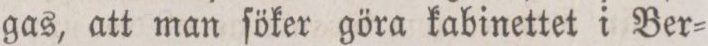
gas, att man ſöker göra kabinettet i Ber=